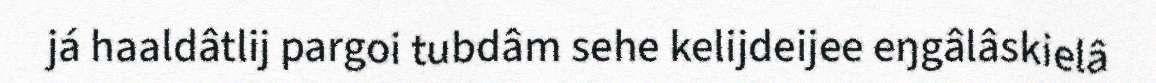
já haaldâtlij pargoi tubdâm sehe kelijdeijee eŋgâlâskielâ